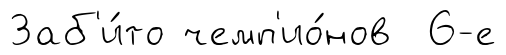
Заб'и́то чемп'ио́нов 6-е